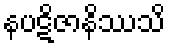
နပဋိဇာနိဿသိ